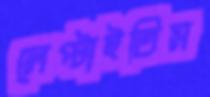
লেপ্‌টাইতিস